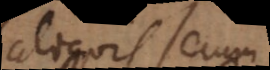
aliquis secum